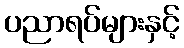
ပညာရပ်များနှင့်